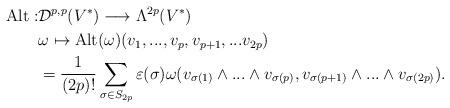
LaTeX: \begin{align*}{\rm Alt:}& {\mathcal D}^{p,p}(V^*)\longrightarrow \Lambda^{2p}(V^*)\\&\omega\mapsto {\rm Alt}(\omega)(v_1,...,v_p,v_{p+1},...v_{2p})\\&=\frac{1}{(2p)!}\sum_{\sigma\in S_{2p}}\varepsilon(\sigma)\omega(v_{\sigma(1)}\wedge...\wedge v_{\sigma(p)},v_{\sigma(p+1)}\wedge ...\wedge v_{\sigma(2p)}).\end{align*}